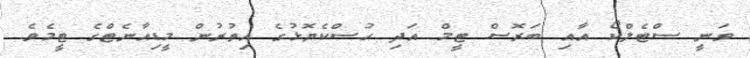
ވަނީ ސްޓެލްކޯ އާއި ބަރޮސް ޓީމް އަދި ހުސްކެޔޮޅުގެ އިތުރުން މީޑިއާނެޓްގެ ޓީމެވެ.